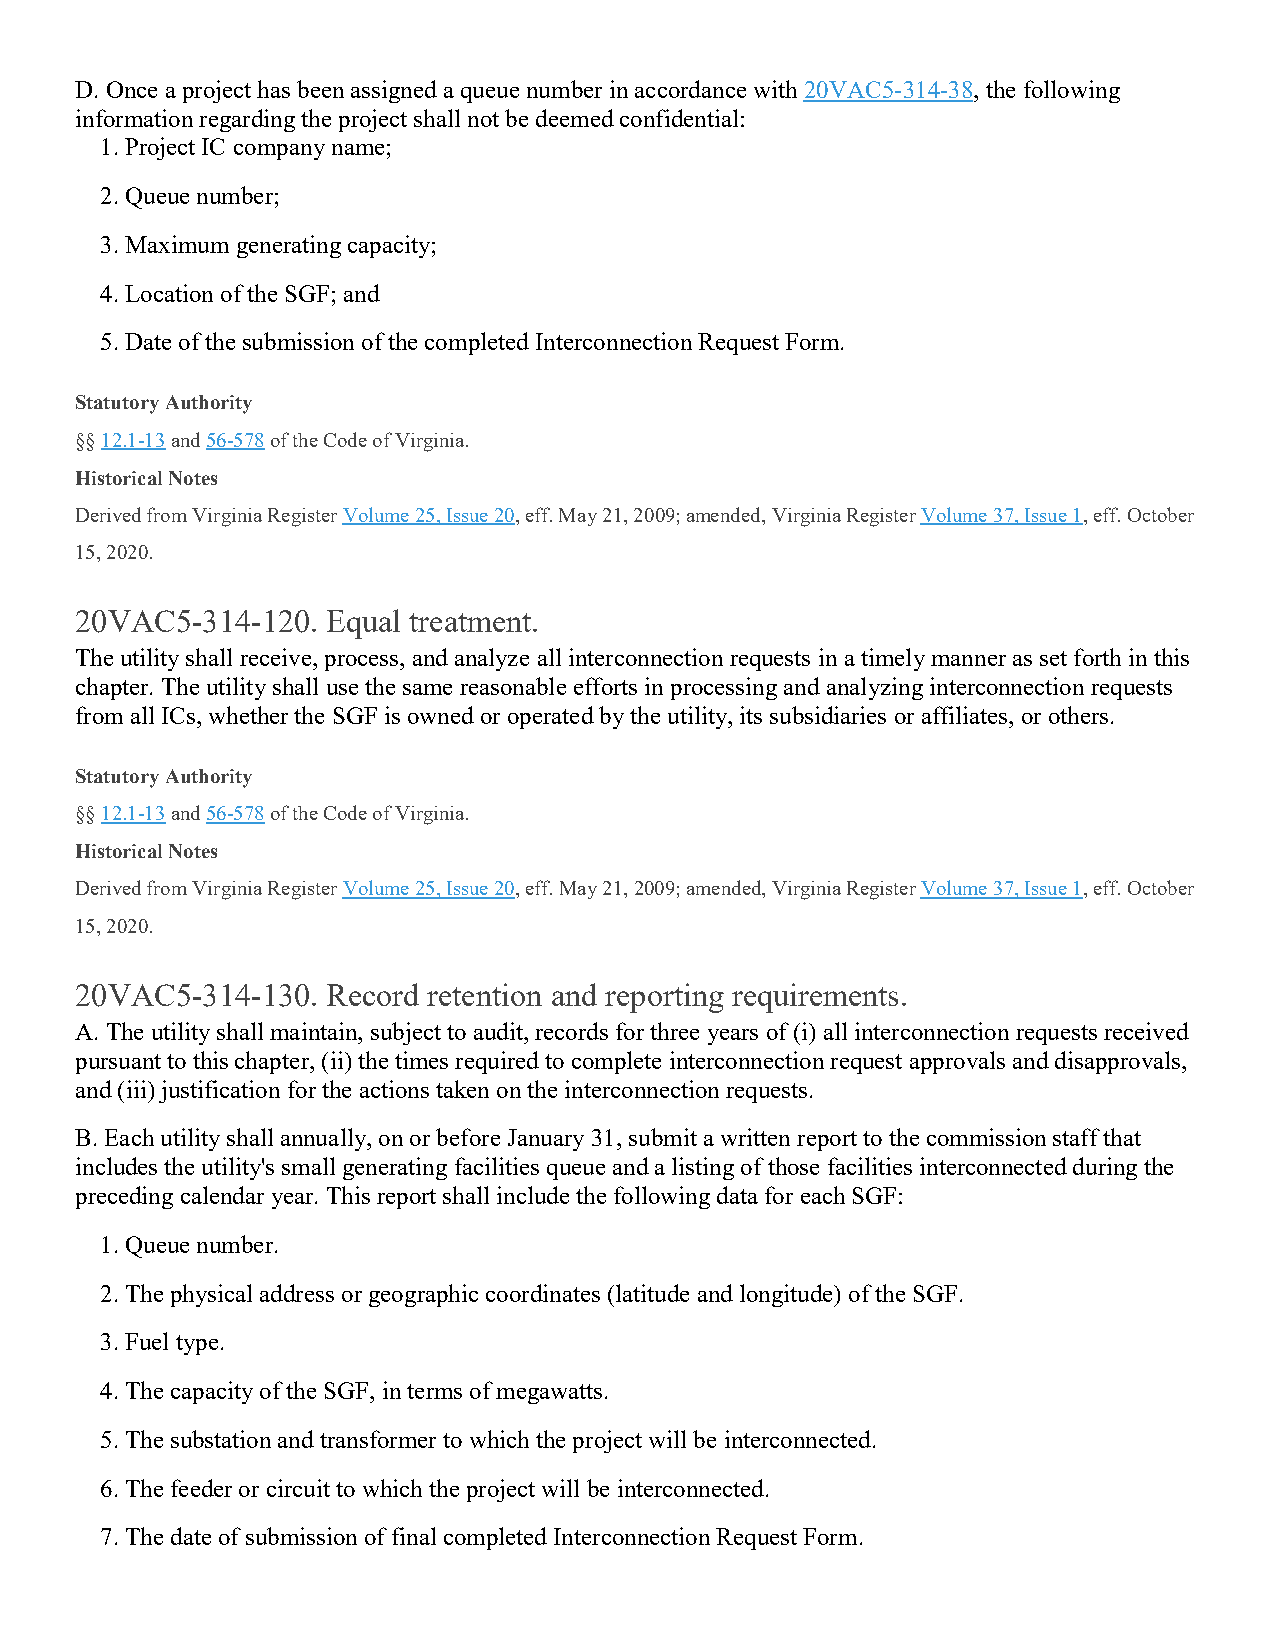
D. Once a project has been assigned a queue number in accordance with 20VAC5-314-38, the following
 information regarding the project shall not be deemed confidential:
 1. Project IC company name;
 2. Queue number;
 3. Maximum generating capacity;
 4. Location of the SGF; and
 5. Date of the submission of the completed Interconnection Request Form.
 Statutory Authority
 §§ 12.1-13 and 56-578 of the Code of Virginia.
 Historical Notes
 Derived from Virginia Register Volume 25, Issue 20, eff. May 21, 2009; amended, Virginia Register Volume 37, Issue 1, eff. October
 15, 2020.
 20VAC5-314-120.  Equal treatment.
 The utility shall receive, process, and analyze all interconnection requests in a timely manner as set forth in this
 chapter. The utility shall use the same reasonable efforts in processing and analyzing interconnection requests
 from all ICs, whether the SGF is owned or operated by the utility, its subsidiaries or affiliates, or others.
 Statutory Authority
 §§ 12.1-13 and 56-578 of the Code of Virginia.
 Historical Notes
 Derived from Virginia Register Volume 25, Issue 20, eff. May 21, 2009; amended, Virginia Register Volume 37, Issue 1, eff. October
 15, 2020.
 20VAC5-314-130.  Record retention and reporting requirements.
 A. The utility shall maintain, subject to audit, records for three years of (i) all interconnection requests received
 pursuant to this chapter, (ii) the times required to complete interconnection request approvals and disapprovals,
 and (iii) justification for the actions taken on the interconnection requests.
 B. Each utility shall annually, on or before January 31, submit a written report to the commission staff that
 includes the utility's small generating facilities queue and a listing of those facilities interconnected during the
 preceding calendar year. This report shall include the following data for each SGF:
 1. Queue number.
 2. The physical address or geographic coordinates (latitude and longitude) of the SGF.
 3. Fuel type.
 4. The capacity of the SGF, in terms of megawatts.
 5. The substation and transformer to which the project will be interconnected.
 6. The feeder or circuit to which the project will be interconnected.
 7. The date of submission of final completed Interconnection Request Form.